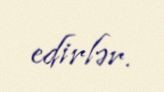
edirlər.